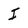
Character: I